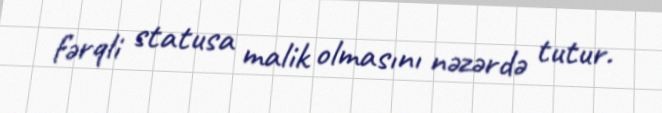
fərqli statusa malik olmasını nəzərdə tutur.